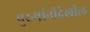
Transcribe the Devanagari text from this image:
पुरुषांनीदेखील